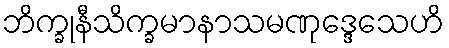
ဘိက္ခုနီသိက္ခမာနာသမဏုဒ္ဒေသေဟိ